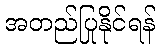
အတည်ပြုနိုင်ရန်